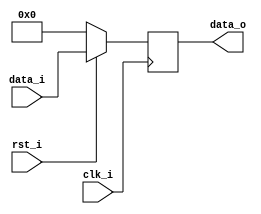
module PipelineRegister #(parameter width = 32) (
	input clk_i,
	input rst_i,
	input [width-1:0] data_i,
	output reg [width-1:0] data_o
);

always @(posedge clk_i) begin
	if (~rst_i)
		data_o <= 0;
	else
		data_o <= data_i;
end

endmodule